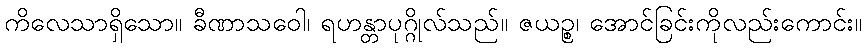
ကိလေသာရှိသော။ ခီဏာသဝေါ၊ ရဟန္တာပုဂ္ဂိုလ်သည်။ ဇယဉ္စ၊ အောင်ခြင်းကိုလည်းကောင်း။